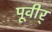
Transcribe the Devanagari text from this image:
पूवीर्